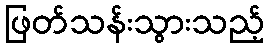
ဖြတ်သန်းသွားသည့်